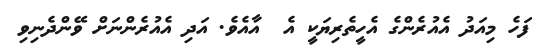
ފަހެ މިއަދު އެއުރެންގެ އެހީތެރިޔަކީ އެ  އާއެވެ. އަދި އެއުރެންނަށް ވޭންދެނިވި